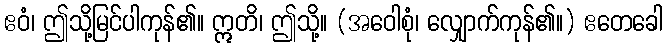
ဧဝံ၊ ဤသို့မြင်ပါကုန်၏။ ဣတိ၊ ဤသို့။ (အဝေါစုံ၊ လျှောက်ကုန်၏။) ဧတေခေါ